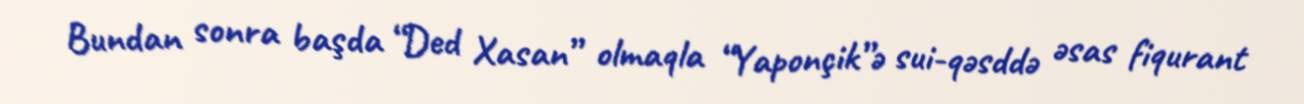
Bundan sonra başda “Ded Xasan” olmaqla “Yaponçik”ə sui-qəsddə əsas fiqurant